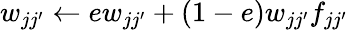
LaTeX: w_{jj^{\prime}}\gets ew_{jj^{\prime}}+(1-e)w_{jj^{\prime}}f_{jj^{\prime}}